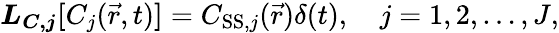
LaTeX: \boldsymbol{L_{C,j}[}C_{j}(\vec{r},t)\boldsymbol{]}=C_{\mathrm{SS},j}(\vec{r})\delta(t),\quad j=1,2,\dots,J,